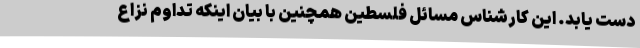
دست یابد. این کارشناس مسائل فلسطین همچنین با بیان اینکه تداوم نزاع